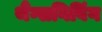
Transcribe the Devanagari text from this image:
थैंग्सगिविंग